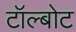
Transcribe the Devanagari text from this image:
टॉल्बोट